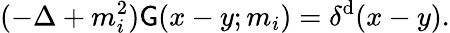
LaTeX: (-\Delta+m_{i}^{2})\mathsf{G}(x-y;m_{i})=\delta^{\mathrm{d}}(x-y).